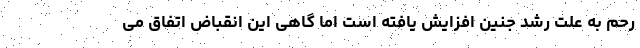
رحم به علت رشد جنین افزایش یافته است اما گاهی این انقباض اتفاق می